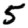
Digit: 5